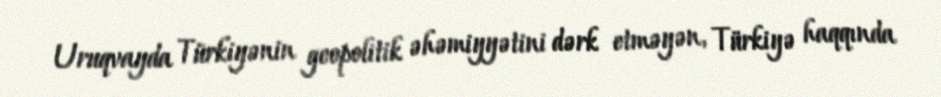
Uruqvayda Türkiyənin geopolitik əhəmiyyətini dərk etməyən, Türkiyə haqqında